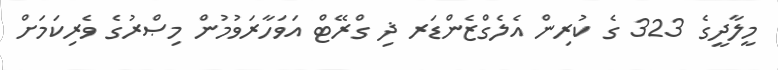
މީލާދީގެ 323 ގެ ކުރިން އެލެގްޒެންޑަރ ޛި ގްރޭޓް އަވަހާރަވުމުން މިޞްރުގެ ވެރިކަމަށް